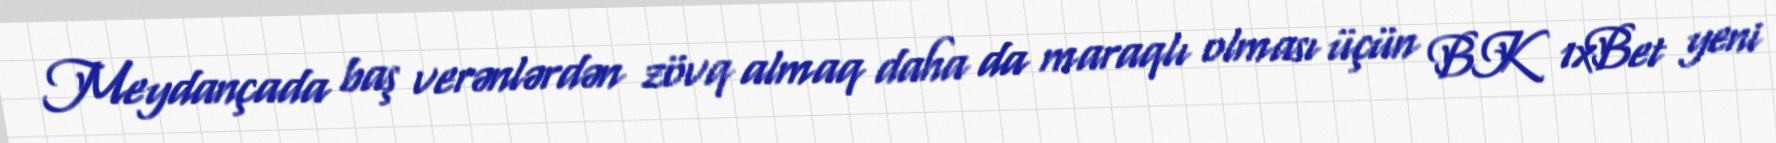
Meydançada baş verənlərdən zövq almaq daha da maraqlı olması üçün BK 1xBet yeni